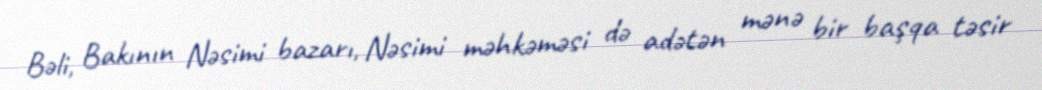
Bəli, Bakının Nəsimi bazarı, Nəsimi məhkəməsi də adətən mənə bir başqa təsir